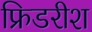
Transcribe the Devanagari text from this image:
फ्रिडरीश